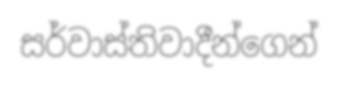
සර්වාස්තිවාදීන්ගෙන්